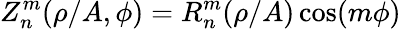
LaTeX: Z_{n}^{m}(\rho/A,\phi)=R_{n}^{m}(\rho/A)\cos(m\phi)